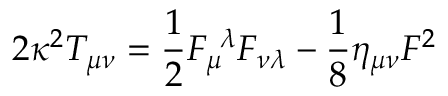
2 \kappa ^ { 2 } T _ { \mu \nu } = \frac { 1 } { 2 } F _ { \mu } ^ { \ \lambda } F _ { \nu \lambda } - \frac { 1 } { 8 } \eta _ { \mu \nu } F ^ { 2 }